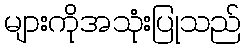
များကိုအသုံးပြုသည်